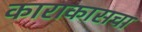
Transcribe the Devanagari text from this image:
काराकासचा